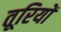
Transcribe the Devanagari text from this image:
तूरियों